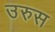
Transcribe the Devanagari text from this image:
उरुस